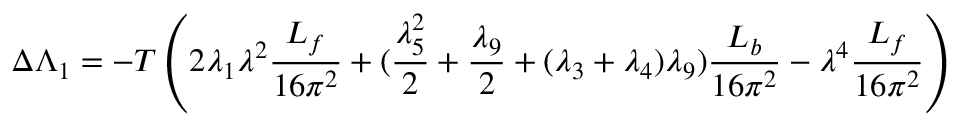
\Delta \Lambda _ { 1 } = - T \left( 2 \lambda _ { 1 } \lambda ^ { 2 } { \frac { L _ { f } } { 1 6 \pi ^ { 2 } } } + ( { \frac { \lambda _ { 5 } ^ { 2 } } { 2 } } + { \frac { \lambda _ { 9 } } { 2 } } + ( \lambda _ { 3 } + \lambda _ { 4 } ) \lambda _ { 9 } ) { \frac { L _ { b } } { 1 6 \pi ^ { 2 } } } - \lambda ^ { 4 } { \frac { L _ { f } } { 1 6 \pi ^ { 2 } } } \right)